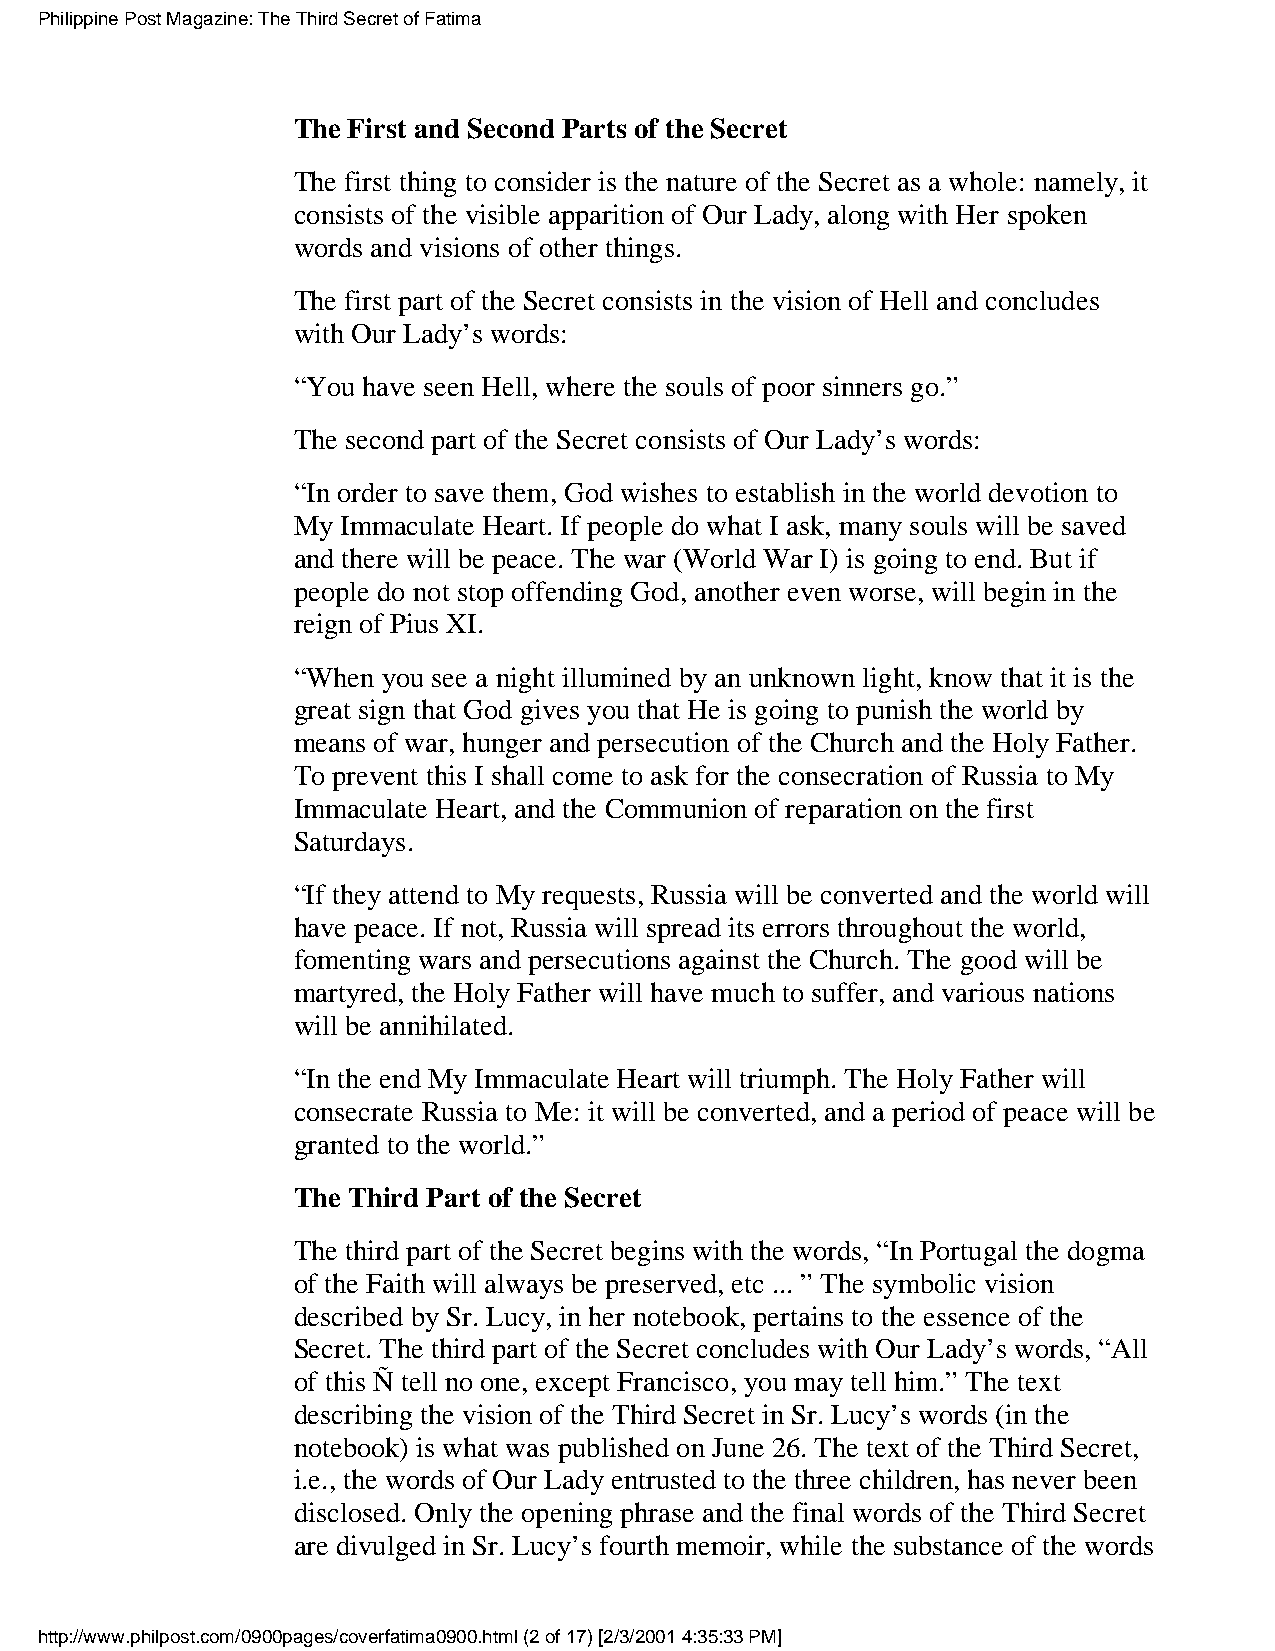
Philippine Post Magazine: The Third Secret of Fatima
 The First and Second Parts of the Secret
 The first thing to consider is the nature of the Secret as a whole: namely, it
 consists of the visible apparition of Our Lady, along with Her spoken
 words and visions of other things.
 The first part of the Secret consists in the vision of Hell and concludes
 with Our Lady’s words:
 “You have seen Hell, where the souls of poor sinners go.”
 The second part of the Secret consists of Our Lady’s words:
 “In order to save them, God wishes to establish in the world devotion to
 My  Immaculate Heart. If people do what I ask, many souls will be saved
 and there will be peace. The war (World War I) is going to end. But if
 people do not stop offending God, another even worse, will begin in the
 reign of Pius XI.
 “When you see a night illumined by an unknown light, know that it is the
 great sign that God gives you that He is going to punish the world by
 means of war, hunger and persecution of the Church and the Holy Father.
 To prevent this I shall come to ask for the consecration of Russia to My
 Immaculate Heart, and the Communion of reparation on the first
 Saturdays.
 “If they attend to My requests, Russia will be converted and the world will
 have peace. If not, Russia will spread its errors throughout the world,
 fomenting wars and persecutions against the Church. The good will be
 martyred, the Holy Father will have much to suffer, and various nations
 will be annihilated.
 “In the end My Immaculate Heart will triumph. The Holy Father will
 consecrate Russia to Me: it will be converted, and a period of peace will be
 granted to the world.”
 The Third Part of the Secret
 The third part of the Secret begins with the words, “In Portugal the dogma
 of the Faith will always be preserved, etc ... ” The symbolic vision
 described by Sr. Lucy, in her notebook, pertains to the essence of the
 Secret. The third part of the Secret concludes with Our Lady’s words, “All
 of this Ñ tell no one, except Francisco, you may tell him.” The text
 describing the vision of the Third Secret in Sr. Lucy’s words (in the
 notebook) is what was published on June 26. The text of the Third Secret,
 i.e., the words of Our Lady entrusted to the three children, has never been
 disclosed. Only the opening phrase and the final words of the Third Secret
 are divulged in Sr. Lucy’s fourth memoir, while the substance of the words
 http://www.philpost.com/0900pages/coverfatima0900.html (2 of 17) [2/3/2001 4:35:33 PM]